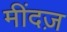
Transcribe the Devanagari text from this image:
मींदज़